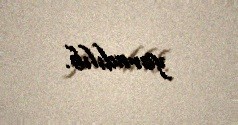
yaradılıb.